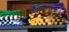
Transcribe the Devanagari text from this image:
वामनावताराने